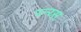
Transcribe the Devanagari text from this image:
य्न्य्स